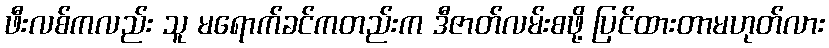
ဖီးလစ်ကလည်း သူ မရောက်ခင်ကတည်းက ဒီဇာတ်လမ်းစဖို့ ပြင်ထားတာမဟုတ်လား